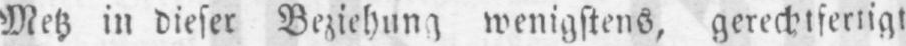
Metz in dieser Beziehung wenigstens, gerechtfertigt